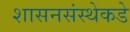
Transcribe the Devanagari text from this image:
शासनसंस्थेकडे